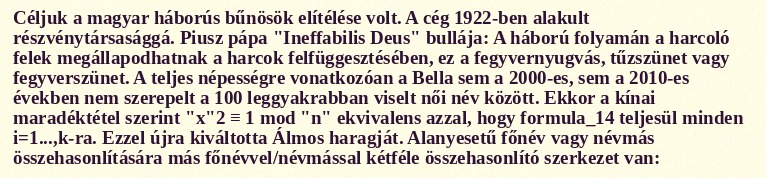
Céljuk a magyar háborús bűnösök elítélése volt. A cég 1922-ben alakult részvénytársasággá. Piusz pápa "Ineffabilis Deus" bullája: A háború folyamán a harcoló felek megállapodhatnak a harcok felfüggesztésében, ez a fegyvernyugvás, tűzszünet vagy fegyverszünet. A teljes népességre vonatkozóan a Bella sem a 2000-es, sem a 2010-es években nem szerepelt a 100 leggyakrabban viselt női név között. Ekkor a kínai maradéktétel szerint "x"2 ≡ 1 mod "n" ekvivalens azzal, hogy formula_14 teljesül minden i=1...,k-ra. Ezzel újra kiváltotta Álmos haragját. Alanyesetű főnév vagy névmás összehasonlítására más főnévvel/névmással kétféle összehasonlító szerkezet van: